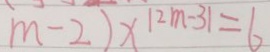
m - 2 ) x ^ { \vert 2 m - 3 \vert } = 6